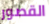
القصور